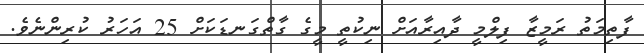
ފާތިމަތު ރަމީޒާ ފިލްމީ ދާއިރާއަށް ނިކުތީ މީގެ ގާތްގަނޑަކަށް 25 އަހަރު ކުރިންނެވެ.